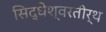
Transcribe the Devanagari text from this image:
सिद्धेश्वरतीर्थ